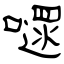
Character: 嚃